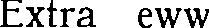
Extra eww